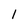
Character: 1